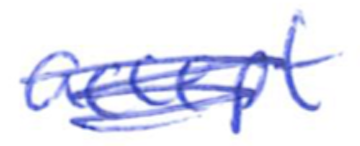
Text: accept
Cross-out: scratch
Writing tool: ballpoint